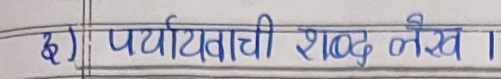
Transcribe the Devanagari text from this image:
पर्यायवाची शब्द लेख ।